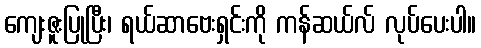
ကျေးဇူးပြုပြီး၊ ရယ်ဆာဗေးရှင်းကို ကန်ဆယ်လ် လုပ်ပေးပါ။